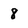
Character: 8